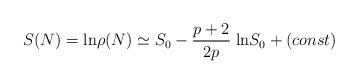
LaTeX: \begin{align*}S(N) = {\rm ln} \rho(N) \simeq S_0 - \frac{p + 2}{2 p} \; {\rm ln} S_0 + (const)\end{align*}